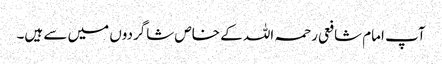
آپ امام شافعی رحمہ اللہ کے خاص شاگردوں میں سے ہیں۔